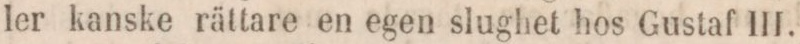
ler kanske rättare en egen slughet hos Gustaf III.